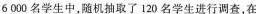
6000名学生中，随机抽取了120名学生进行调查，在